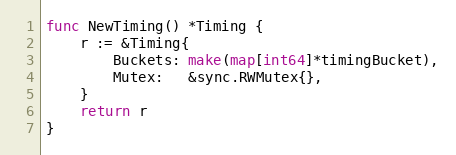
Language: Go
func NewTiming() *Timing {
	r := &Timing{
		Buckets: make(map[int64]*timingBucket),
		Mutex:   &sync.RWMutex{},
	}
	return r
}